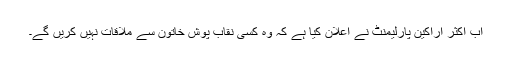
اب اکثر اراکین پارلیمنٹ نے اعلان کیا ہے کہ وہ کسی نقاب پوش خاتون سے ملاقات نہیں کریں گے۔